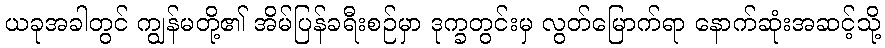
ယခုအခါတွင် ကျွန်မတို့၏ အိမ်ပြန်ခရီးစဉ်မှာ ဒုက္ခတွင်းမှ လွတ်မြောက်ရာ နောက်ဆုံးအဆင့်သို့